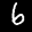
Label: 6